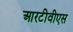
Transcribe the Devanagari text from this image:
आरटीवीएस